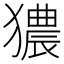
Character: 㺜